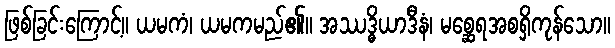
ဖြစ်ခြင်းကြောင့်။ ယမကံ၊ ယမကမည်၏။ အဿဒ္ဓိယာဒီနံ၊ မစ္ဆေရအစရှိကုန်သော။